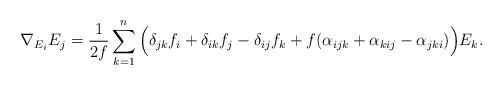
LaTeX: \begin{align*} \nabla_{E_i}E_j=\frac{1}{2f}\sum_{k=1}^n\Big{(}\delta_{jk}f_i+\delta_{ik}f_j-\delta_{ij}f_k+f(\alpha_{ijk}+\alpha_{kij}-\alpha_{jki})\Big{)}E_k.\end{align*}